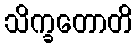
သိက္ခတောတိ